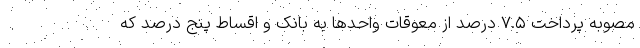
مصوبه پرداخت ۷.۵ درصد از معوقات واحدها به بانک و اقساط‌ پنج درصد که